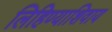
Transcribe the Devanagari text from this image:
लिहिण्याशिवाय